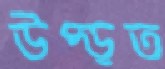
উপ্‌ড়ত